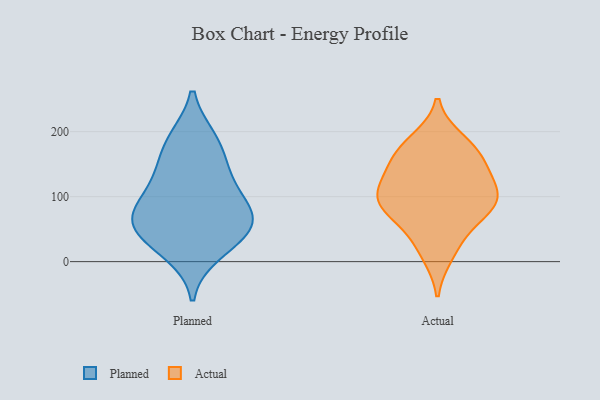
{"axis": {"x": "Waste Production (Tons)", "y": "Value"}, "legend": ["Actual", "Planned"], "data": [{"x": "", "y": 81, "type": "Planned"}, {"x": "", "y": 33, "type": "Planned"}, {"x": "", "y": 188, "type": "Planned"}, {"x": "", "y": 137, "type": "Planned"}, {"x": "", "y": 70, "type": "Planned"}, {"x": "", "y": 185, "type": "Planned"}, {"x": "", "y": 137, "type": "Planned"}, {"x": "", "y": 67, "type": "Planned"}, {"x": "", "y": 102, "type": "Planned"}, {"x": "", "y": 57, "type": "Planned"}, {"x": "", "y": 48, "type": "Planned"}, {"x": "", "y": 14, "type": "Planned"}, {"x": "", "y": 185, "type": "Actual"}, {"x": "", "y": 120, "type": "Actual"}, {"x": "", "y": 100, "type": "Actual"}, {"x": "", "y": 85, "type": "Actual"}, {"x": "", "y": 85, "type": "Actual"}, {"x": "", "y": 173, "type": "Actual"}, {"x": "", "y": 93, "type": "Actual"}, {"x": "", "y": 38, "type": "Actual"}, {"x": "", "y": 163, "type": "Actual"}, {"x": "", "y": 12, "type": "Actual"}, {"x": "", "y": 127, "type": "Actual"}, {"x": "", "y": 151, "type": "Actual"}, {"x": "", "y": 81, "type": "Actual"}]}